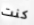
كنت